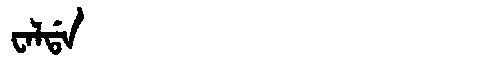
Manchu: ᠸᠠᠯᡩᠠ
Romanization: WALDA